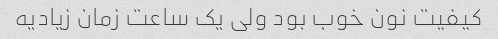
کیفیت نون خوب بود ولی یک ساعت زمان زیادیه